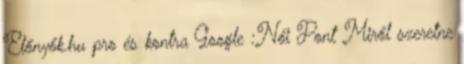
Előnyők.hu pro és kontra Google :Női Pont Miről szeretne